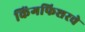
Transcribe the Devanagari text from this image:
किंगफिशरचे